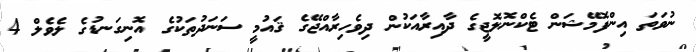
ނުވަތަ އިންފޮމޭޝަން ޓެކްނޮލޮޖީގެ ދާއިރާއަކުން ދިވެހިރާއްޖޭގެ ޤައުމީ ސަނަދުތަކުގެ އޮނިގަނޑުގެ ލެވެލް 4